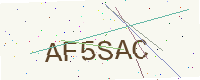
Text: AF5SAC